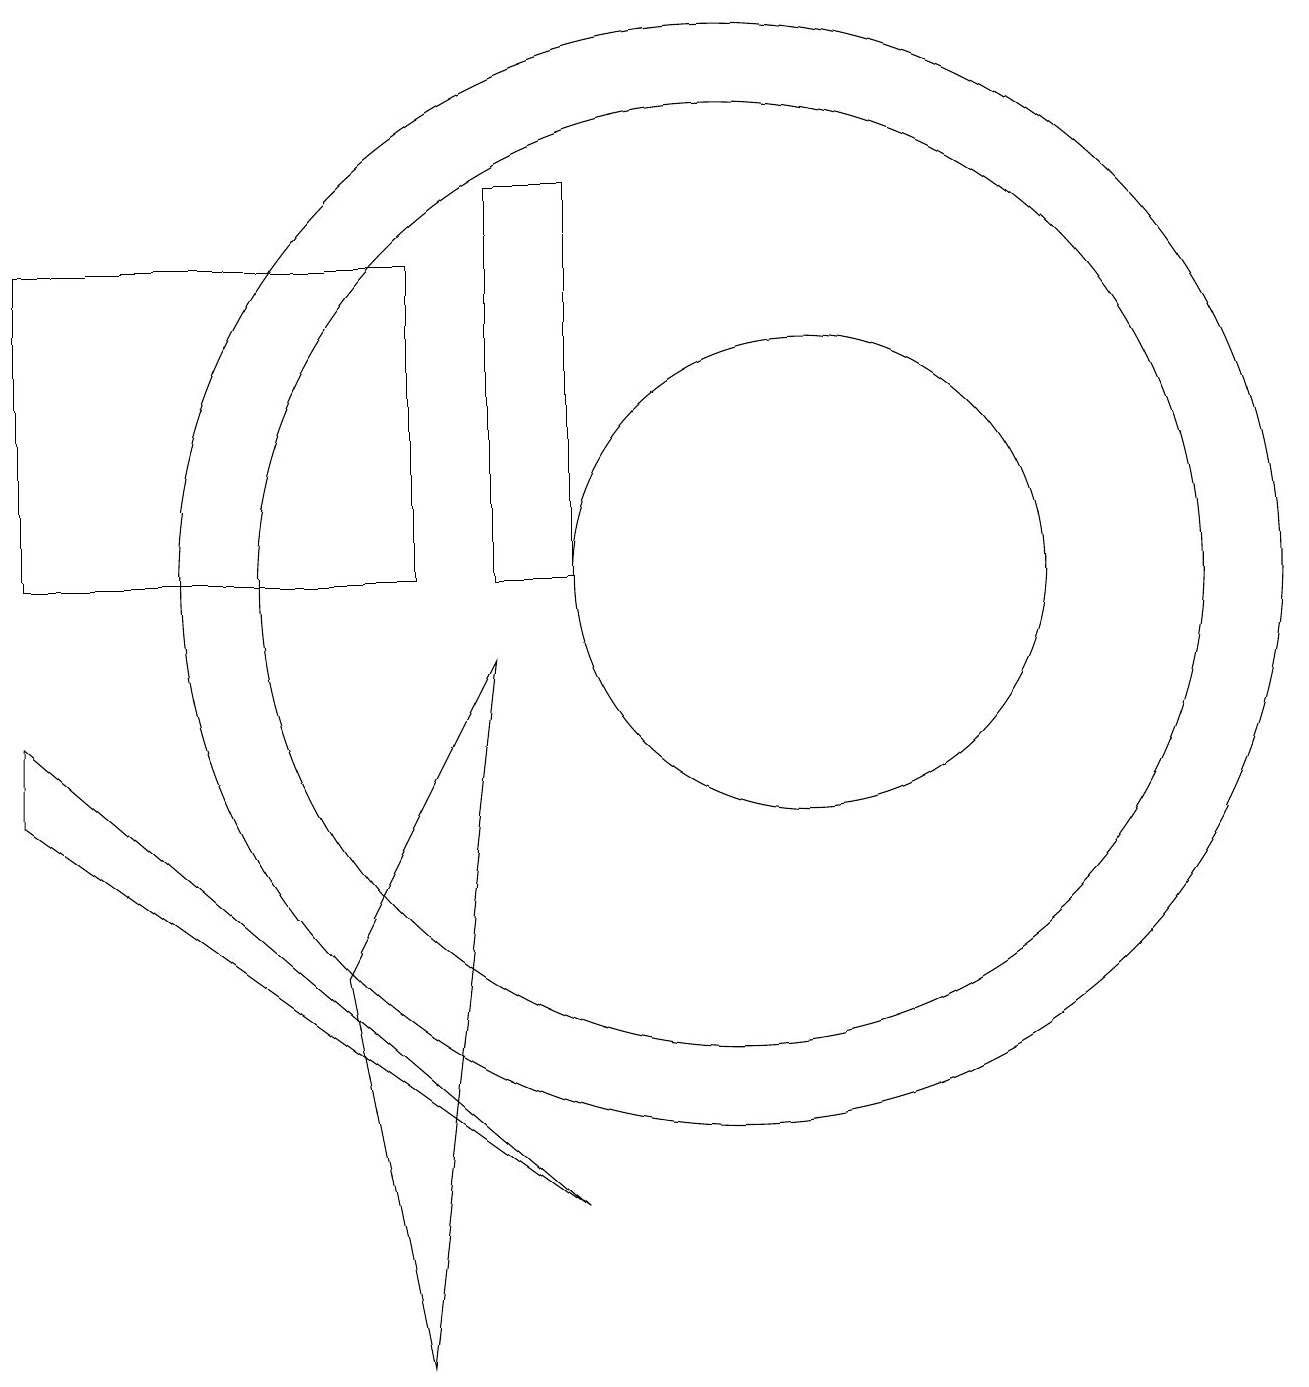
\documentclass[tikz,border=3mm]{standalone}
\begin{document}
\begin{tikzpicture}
\draw (1,7) -- (8,2) -- (1,8) -- cycle;
\draw (8,10) rectangle (7,15);
\draw (11,10) circle (3);
\draw (10,10) circle (7);
\draw (5,5) -- (7,9) -- (6,0) -- cycle;
\draw (6,10) rectangle (1,14);
\draw (10,10) circle (6);
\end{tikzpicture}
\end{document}